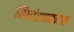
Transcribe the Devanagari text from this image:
निर्धारणकारक